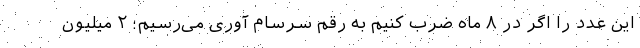
این عدد را اگر در ۸ ماه ضرب کنیم به رقم سرسام آوری می‌رسیم؛ ۲ میلیون